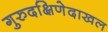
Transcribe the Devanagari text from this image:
गुरुदक्षिणेदाखल